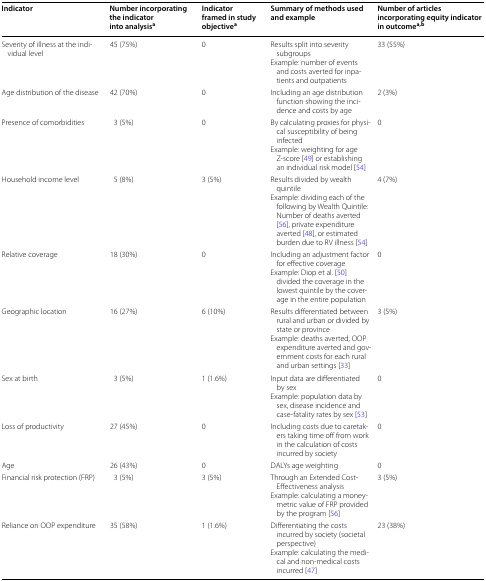
| Indicator | Number incorporating the indicator into analysisa | Indicator framed in study objectivea | Summary of methods used and example | Number of articles incorporating equity indicator in outcomea,b |
 | --- | --- | --- | --- | --- |
 | Severity of illness at the individual level | 45 (75%) | 0 | Results split into severity subgroupsExample: number of events and costs averted for inpatients and outpatients | 33 (55%) |
 | Age distribution of the disease | 42 (70%) | 0 | Including an age distribution function showing the incidence and costs by age | 2 (3%) |
 | Presence of comorbidities | 3 (5%) | 0 | By calculating proxies for physical susceptibility of being infectedExample: weighting for age Z-score [49] or establishing an individual risk model [54] | 0 |
 | Household income level | 5 (8%) | 3 (5%) | Results divided by wealth quintileExample: dividing each of the following by Wealth Quintile: Number of deaths averted [56], private expenditure averted [48], or estimated burden due to RV illness [54] | 4 (7%) |
 | Relative coverage | 18 (30%) | 0 | Including an adjustment factor for effective coverageExample: Diop et al. [50] divided the coverage in the lowest quintile by the coverage in the entire population | 0 |
 | Geographic location | 16 (27%) | 6 (10%) | Results differentiated between rural and urban or divided by state or provinceExample: deaths averted, OOP expenditure averted and government costs for each rural and urban settings [33] | 3 (5%) |
 | Sex at birth | 3 (5%) | 1 (1.6%) | Input data are differentiated by sexExample: population data by sex, disease incidence and case-fatality rates by sex [53] | 0 |
 | Loss of productivity | 27 (45%) | 0 | Including costs due to caretakers taking time off from work in the calculation of costs incurred by society | 0 |
 | Age | 26 (43%) | 0 | DALYs age weighting | 0 |
 | Financial risk protection (FRP) | 3 (5%) | 3 (5%) | Through an Extended Cost-Effectiveness analysisExample: calculating a money-metric value of FRP provided by the program [56] | 3 (5%) |
 | Reliance on OOP expenditure | 35 (58%) | 1 (1.6%) | Differentiating the costs incurred by society (societal perspective)Example: calculating the medical and non-medical costs incurred [47] | 23 (38%) |